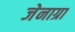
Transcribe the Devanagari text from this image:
जेनाग्रा